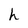
Character: h